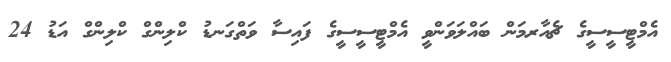
އެމްޓީސީސީގެ ޗެއާރމަން ބައްލަވަންވީ އެމްޓީސީސީގެ ފައިސާ ވަތްގަނޑު ކްލިންގް ކްލިންގް އަޑު 24